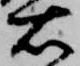
右